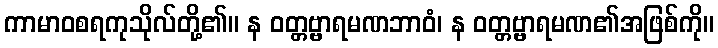
ကာမာဝစရကုသိုလ်တို့၏။ န ဝတ္တဗ္ဗာရမဏဘာဝံ၊ န ဝတ္တဗ္ဗာရမဏ၏အဖြစ်ကို။